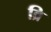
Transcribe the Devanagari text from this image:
व्रि